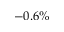
- 0 . 6 \%